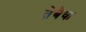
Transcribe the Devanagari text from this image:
तेबैक